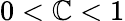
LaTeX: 0<\mathbb{C}<1